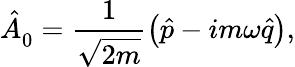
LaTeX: \hat{A}_{0}^{\phantom{\dagger}}=\frac{1}{\sqrt{2m}}\big(\hat{p}-im\omega\hat{q}\big),